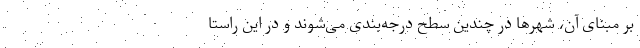
بر مبنای آن، شهرها در چندین سطح درجه‌بندی می‌شوند و در این راستا